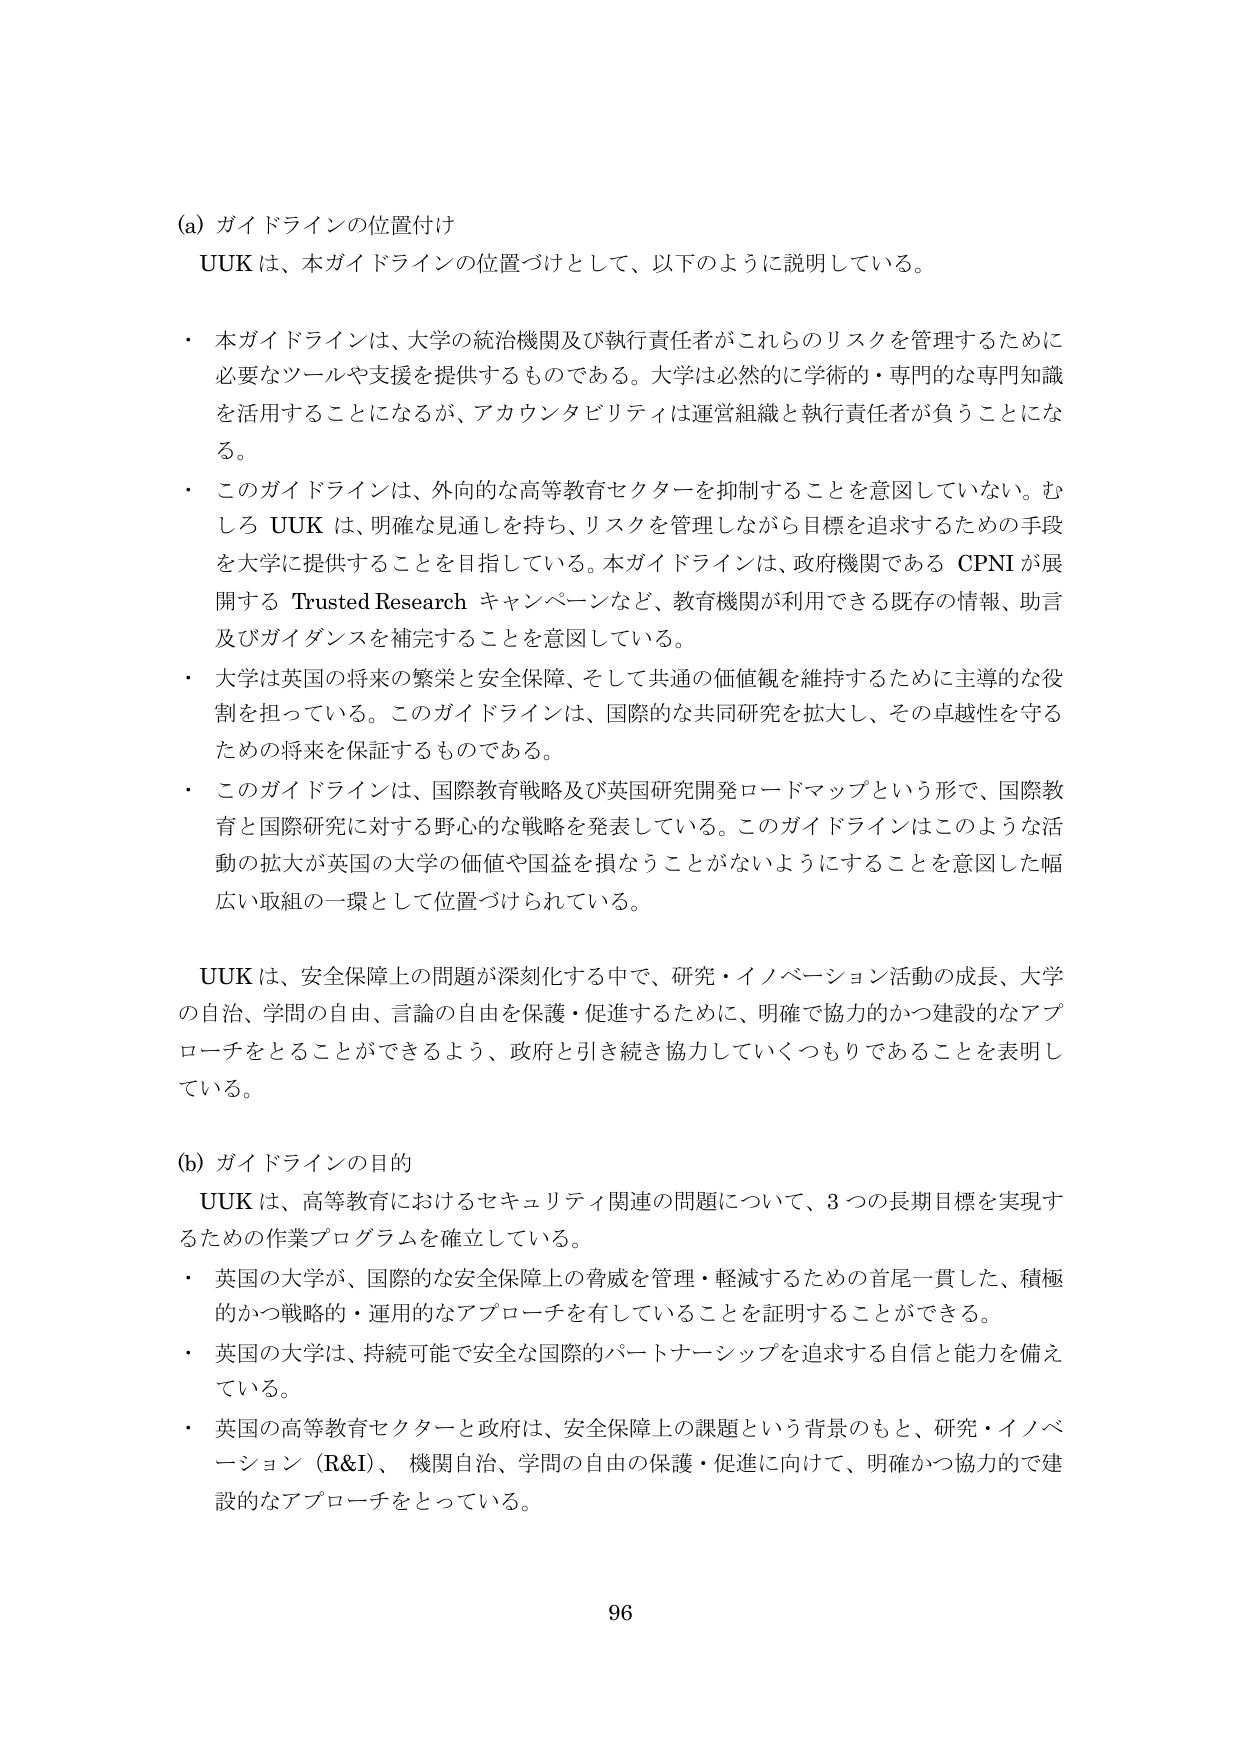
(a) ガイドラインの位置付け
UUK は、本ガイドラインの位置づけとして、以下のように説明している。

・ 本ガイドラインは、大学の統治機関及び執行責任者がこれらのリスクを管理するために必要なツールや支援を提供するものである。大学は必然的に学術的・専門的な専門知識を活用することになるが、アカウンタビリティは運営組織と執行責任者が負うことになる。
・ このガイドラインは、外向的な高等教育セクターを抑制することを意図していない。むしろ UUK は、明確な見通しを持ち、リスクを管理しながら目標を追求するための手段を大学に提供することを目指している。本ガイドラインは、政府機関である CPNI が展開する Trusted Research キャンペーンなど、教育機関が利用できる既存の情報、助言及びガイダンスを補完することを意図している。
・ 大学は英国の将来の繁栄と安全保障、そして共通の価値観を維持するために主導的な役割を担っている。このガイドラインは、国際的な共同研究を拡大し、その卓越性を守るための将来を保証するものである。
・ このガイドラインは、国際教育戦略及び英国研究開発ロードマップという形で、国際教育と国際研究に対する野心的な戦略を発表している。このガイドラインはこのような活動の拡大が英国の大学の価値や国益を損なうことがないようにすることを意図した幅広い取組の一環として位置づけられている。

UUK は、安全保障上の問題が深刻化する中で、研究・イノベーション活動の成長、大学の自治、学問の自由、言論の自由を保護・促進するために、明確で協力的かつ建設的なアプローチをとることができるよう、政府と引き続き協力していくつもりであることを表明している。

(b) ガイドラインの目的
UUK は、高等教育におけるセキュリティ関連の問題について、3つの長期目標を実現するための作業プログラムを確立している。
・ 英国の大学が、国際的な安全保障上の脅威を管理・軽減するための首尾一貫した、積極的かつ戦略的・運用的なアプローチを有していることを証明することができる。
・ 英国の大学は、持続可能で安全な国際的パートナーシップを追求する自信と能力を備えている。
・ 英国の高等教育セクターと政府は、安全保障上の課題という背景のもと、研究・イノベーション（R&I）、機関自治、学問の自由の保護・促進に向けて、明確かつ協力的で建設的なアプローチをとっている。

96